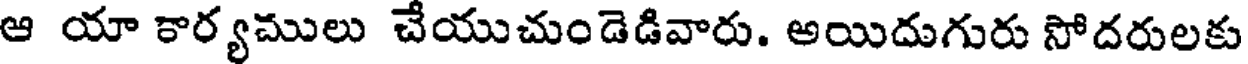
ఆ యా కార్యములు చేయుచుండెడివారు. అయిదుగురు సోదరులకు